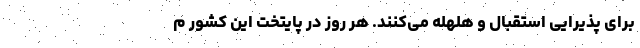
برای پذیرایی استقبال و هلهله می‌کنند. هر روز در پایتخت این کشور م